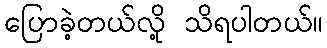
ပြောခဲ့တယ်လို့ သိရပါတယ်။